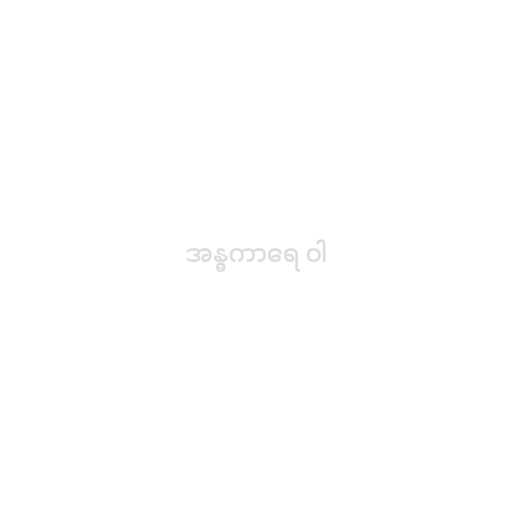
အန္ဓကာရေ ဝါ